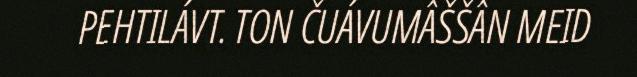
PEHTILÁVT. TON ČUÁVUMÂŠŠÂN MEID